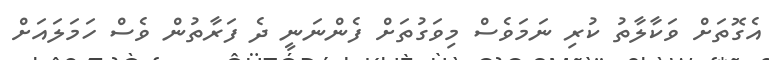
އެގޮތަށް ވަކާލާތު ކުރި ނަމަވެސް މިވަގުތަށް ފެންނަނީ ދެ ފަރާތުން ވެސް ހަމަލައަށް